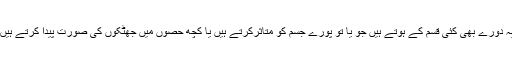
یہ دورے بھی کئی قسم کے ہوتے ہیں جو یا تو پورے جسم کو متاثرکرتے ہیں یا کچھ حصوں میں جھٹکوں کی صورت پیدا کرتے ہیں۔